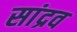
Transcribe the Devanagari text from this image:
सांद्रव